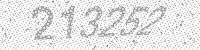
Solution: 213252